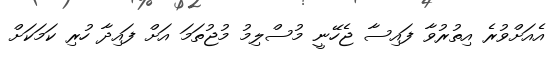
އެއަށްވުރެ އިތުރުވާ ފައިސާ ޖެހޭނީ މުސްލިމު މުޖުތަމަ އަށް ފައިދާ ހުރި ކަމަކަށް